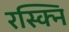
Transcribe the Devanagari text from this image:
रस्क्नि